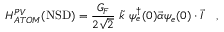
{ \cal H } _ { A T O M } ^ { P V } ( \mathrm { N S D } ) = { \frac { G _ { F } } { 2 \sqrt 2 } } \ { \tilde { k } } \ \psi _ { e } ^ { \dag } ( 0 ) { \vec { \alpha } } \psi _ { e } ( 0 ) \cdot { \vec { I } } \ \ \ ,